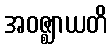
အဝဇ္ဈာယတိ